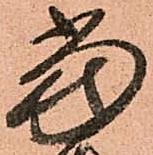
當